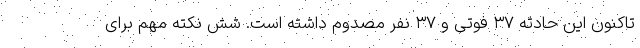
تاکنون این حادثه ۳۷ فوتی و ۳۷ نفر مصدوم داشته است. شش نکته مهم برای